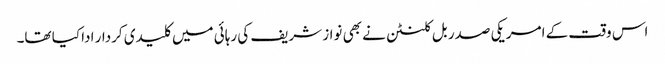
اس وقت کے امریکی صدر بل کلنٹن نے بھی نواز شریف کی رہائی میں کلیدی کردار ادا کیا تھا۔